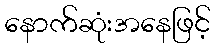
နောက်ဆုံးအနေဖြင့်